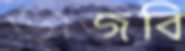
ভাজবি